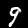
Digit: 9